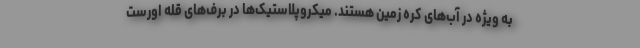
به ویژه در آب‌های کره زمین هستند. میکروپلاستیک‌ها در برف‌های قله اورست